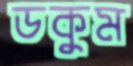
ডকুম